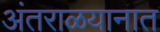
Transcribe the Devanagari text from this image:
अंतराळयानात